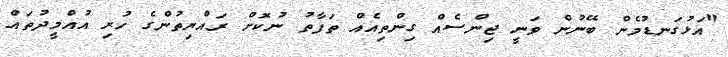
"އަޅުގަނޑުމެން ބޭނުން ވަނީ ޖިންސެއް ގިންތިއެއް ތަފާތު ނުކޮށް ރައްޔިތުންގެ ހުރި އުއްމީދުތައް